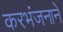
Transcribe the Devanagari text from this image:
करभंजनाने